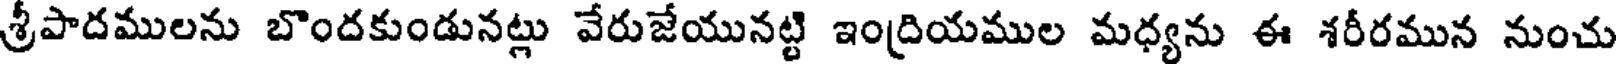
శ్రీపాదములను బొందకుండునట్లు వేరుజేయునట్టి ఇంద్రియముల మధ్యను ఈ శరీరమున నుంచు